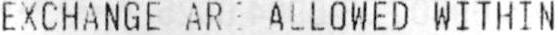
EXCHANGE ARE ALLOWED WITHIN